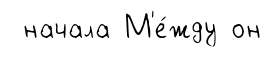
начала М'е́жду он